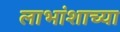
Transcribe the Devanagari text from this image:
लाभांशाच्या